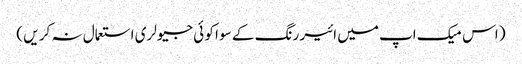
( اس میک اپ میں ائیر رنگ کے سو ا کو ئی جیولری استعمال نہ کر یں )